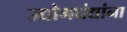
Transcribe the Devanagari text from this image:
उद्योगधंद्यांना